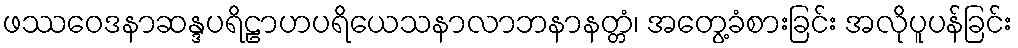
ဖဿဝေဒနာဆန္ဒပရိဠာဟပရိယေသနာလာဘနာနတ္တံ၊ အတွေ့ခံစားခြင်း အလိုပူပန်ခြင်း